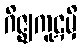
ဂိဇ္ဈကူဋမှိ